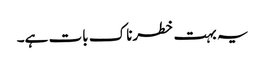
یہ بہت خطرناک بات ہے۔